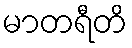
မာတရီတိ